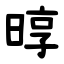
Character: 㬀